画像に写った文字を読んでください
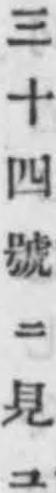
「三十四號ニ見ユ」と書いてあります